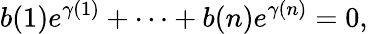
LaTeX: b(1)e^{\gamma(1)}+\cdots+b(n)e^{\gamma(n)}=0,